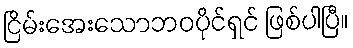
ငြိမ်းအေးသောဘဝပိုင်ရှင် ဖြစ်ပါပြီ။